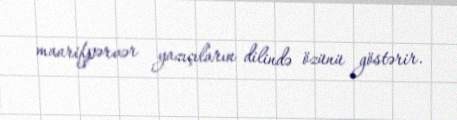
maarifpərvər yazıçıların dilində özünü göstərir.